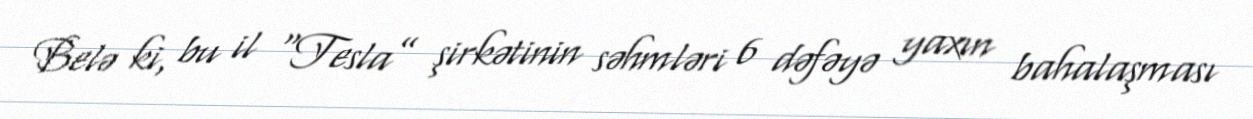
Belə ki, bu il “Tesla” şirkətinin səhmləri 6 dəfəyə yaxın bahalaşması